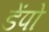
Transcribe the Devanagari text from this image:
डेंपो